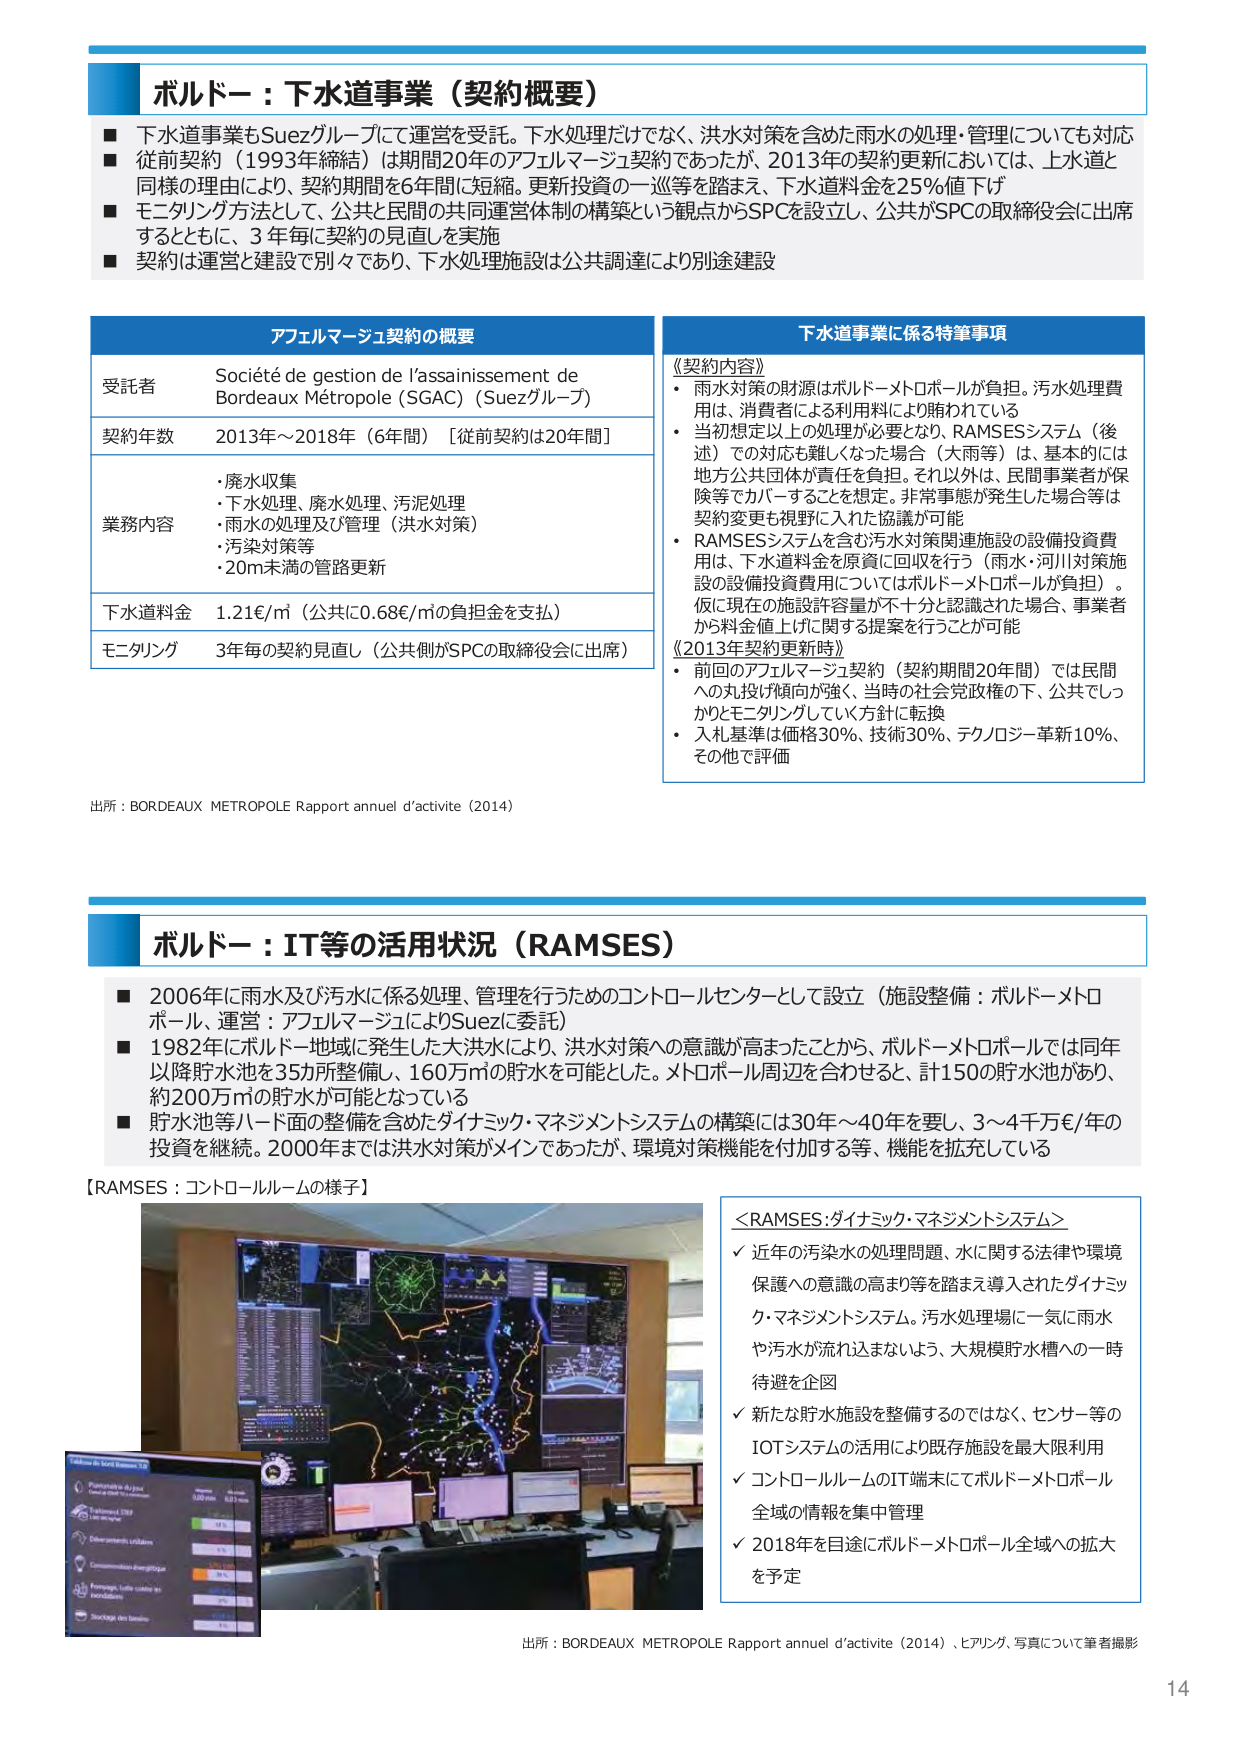
ボルドー：下水道事業（契約概要）

■ 下水道事業もSuezグループにて運営を受託。下水処理だけでなく、洪水対策を含めた雨水の処理・管理についても対応
■ 従前契約（1993年締結）は期間20年のアフェルマージュ契約であったが、2013年の契約更新においては、上水道と同様の理由により、契約期間を6年間に短縮。更新投資の一巡等を踏まえ、下水道料金を25％値下げ
■ モニタリング方法として、公共と民間の共同運営体制の構築という観点からSPCを設立し、公共がSPCの取締役会に出席するとともに、3年毎に契約の見直しを実施
■ 契約は運営と建設で別々であり、下水処理施設は公共調達により別途建設

アフェルマージュ契約の概要

受託者 Société de gestion de l’assainissement de Bordeaux Métropole（SGAC）（Suezグループ）
契約年数 2013年～2018年（6年間）［従前契約は20年間］
業務内容
・廃水収集
・下水処理、廃水処理、汚泥処理
・雨水の処理及び管理（洪水対策）
・汚染対策等
・20m未満の管路更新
下水道料金 1.21€/㎥（公共に0.68€/㎥の負担金を支払）
モニタリング 3年毎の契約見直し（公共側がSPCの取締役会に出席）

下水道事業に係る特記事項

《契約内容》
・雨水対策の財源はボルドーメトロポールが負担。汚水処理費用は、消費者による利用料により賄われている
・当初想定以上の処理が必要となり、RAMSESシステム（後述）での対応も難しくなった場合（大雨等）は、基本的には地方公共団体が責任を負担。それ以外は、民間事業者が保険等でカバーすることを想定。非常事態が発生した場合等は契約変更も視野に入れた協議が可能
・RAMSESシステムを含む汚水対策関連施設の設備投資費用は、下水道料金を原資に回収を行う（雨水・河川対策施設の設備投資費用についてはボルドーメトロポールが負担）。仮に現在の施設計容量が不十分と認識された場合、事業者から料金値上げに関する提案を行うことが可能

《2013年契約更新時》
・前回のアフェルマージュ契約（契約期間20年間）では民間への丸投げ傾向が強く、当時の社会党政権の下、公共でしっかりとモニタリングしていく方針に転換
・入札基準は価格30％、技術30％、テクノロジー革新10％、その他で評価

出所：BORDEAUX METROPOLE Rapport annuel d’activite（2014）

ボルドー：IT等の活用状況（RAMSES）

■ 2006年に雨水及び汚水に係る処理、管理を行うためのコントロールセンターとして設立（施設整備：ボルドーメトロポール、運営：アフェルマージュによりSuezに委託）
■ 1982年にボルドー地域に発生した大洪水により、洪水対策への意識が高まったことから、ボルドーメトロポールでは同年以降貯水池を35カ所整備し、160万㎥の貯水を可能とした。メトロポール周辺を合わせると、計150の貯水池があり、約200万㎥の貯水が可能となっている
■ 貯水池等ハード面の整備を含めたダイナミック・マネジメントシステムの構築には30年～40年を要し、3～4千万€/年の投資を継続。2000年までは洪水対策がメインであったが、環境対策機能を付加する等、機能を拡充している

【RAMSES：コントロールルームの様子】

＜RAMSES：ダイナミック・マネジメントシステム＞
✓ 近年の汚染水の処理問題、水に関する法律や環境保護への意識の高まり等を踏まえ導入されたダイナミック・マネジメントシステム。汚水処理場に一気に雨水や汚水が流れ込まないよう、大規模貯水槽への一時待避を企図
✓ 新たな貯水施設を整備するのではなく、センサー等のIOTシステムの活用により既存施設を最大限利用
✓ コントロールルームのIT端末にてボルドーメトロポール全域の情報を集中管理
✓ 2018年を目途にボルドーメトロポール全域への拡大を予定

出所：BORDEAUX METROPOLE Rapport annuel d’activite（2014）、ヒアリング、写真について筆者撮影

14